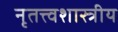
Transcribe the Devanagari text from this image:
नृतत्त्वशास्त्रीय